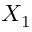
X _ { 1 }